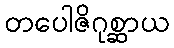
တပေါဇိဂုစ္ဆာယ